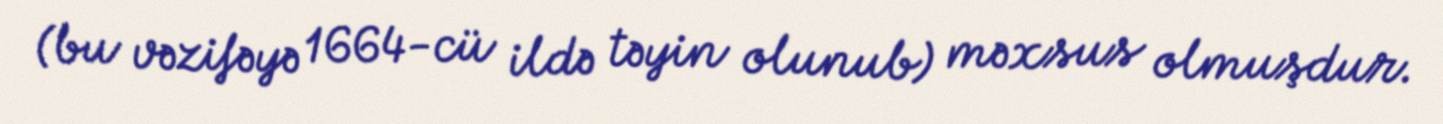
(bu vəzifəyə 1664-cü ildə təyin olunub) məxsus olmuşdur.